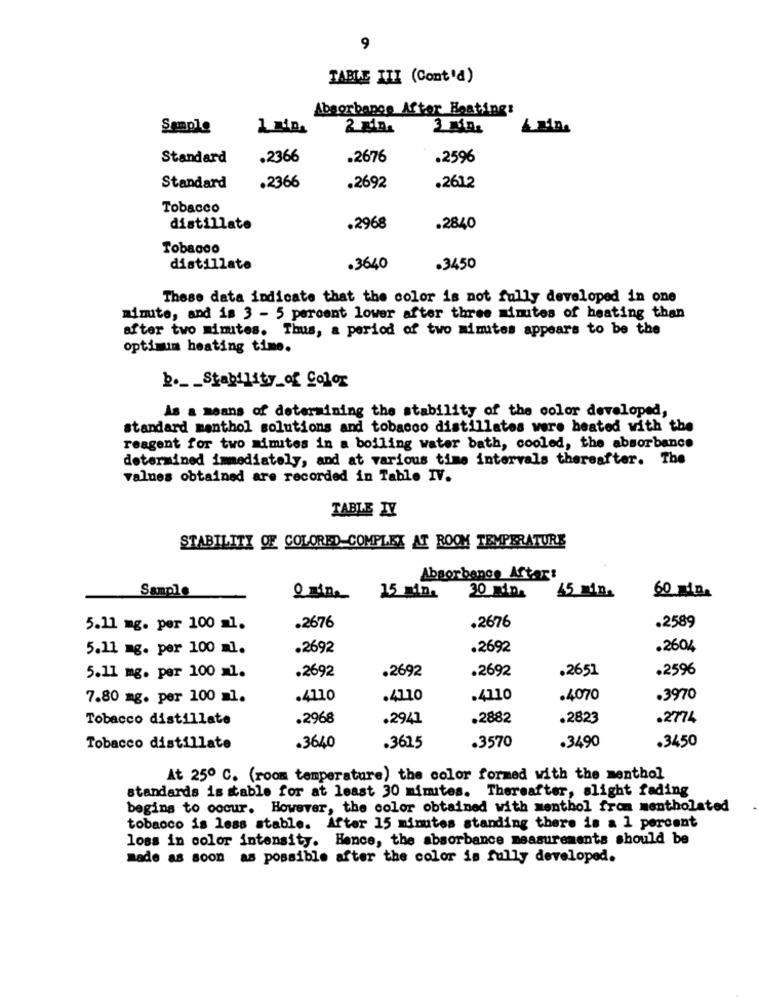
9
TABLE III (Cont'd)
Absorbance After Heating:
Sample
3 DAL
Standard
.2366
.2676
.2596
Standard
.2366
.2692
.2612
Tobacco
distillate
.2968
.2840
Tobacco
distillate
.3640
.3450
These data indicate that the color is not fully developed in one
mimite, and is 3 - 5 percent lower after three minutes of heating than
after two Limites. Thus, a period of two minutes appears to be the
optimum heating time.
b .__ Stability of Color
As a means of determining the stability of the color developed,
standard menthol solutions and tobacco distillatos were heated with the
reagent for two minutes in a boiling water bath, cooled, the absorbance
determined immediately, and at various time intervals thereafter. The
values obtained are recorded in Table IV.
TABLE TY
STABILITY OF COLORED COMPLEX AT ROOM TEMPERATURE
Absorbance Aftaart
Sample
15 min.
30 min.
15 min.
60 min.
.2676
.2676
5.11 mg. per 100 ml.
.2589
5.11 mg. per 100 ml.
.2692
.2692
.2604
.2692
.2692
.2651
.2596
5.11 mg. per 100 ml.
.2692
7.80 mg. per 100 =1.
.4110
.4110
.4110
.4070
.3970
Tobacco distillate
.2968
.2941
.2882
.2823
.2774
.3570
.3490
.3450
Tobacco distillate
.3640
.3615
At 25º C. (room temperature) the color formed with the menthol
standards is table for at least 30 mimites. Thereafter, slight fading
begins to oocur. However, the color obtained with menthol from mentholated
tobacco is less stable. After 15 minutes standing there is a 1 percent
loss in color intensity. Hence, the absorbance measurements should be
made as soon as possible after the color is fully developed.